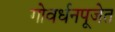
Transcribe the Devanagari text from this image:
गोवर्धनपूजेत